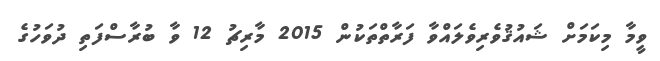
ވީމާ މިކަމަށް ޝައުޤުވެރިވެލައްވާ ފަރާތްތަކުން 2015 މާރިޗު 12 ވާ ބުރާސްފަތި ދުވަހުގެ